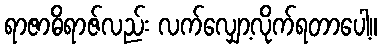
ရာဇာဓိရာဇ်လည်း လက်လျှော့လိုက်ရတာပေါ့။